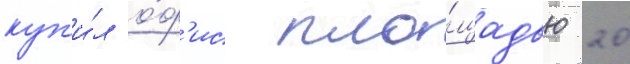
куп'и́л о́ф'ис пло́щадью 20